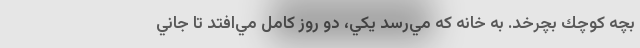
بچه كوچك بچرخد. به خانه كه مي‌رسد يكي، دو روز كامل مي‌افتد تا جاني